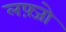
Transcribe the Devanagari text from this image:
लफ़्जो